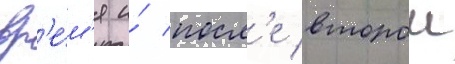
вр'е́м'я и́ посл'е второи